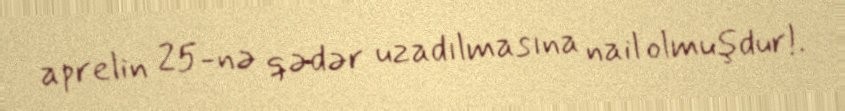
aprelin 25-nə qədər uzadılmasına nail olmuşdur!.